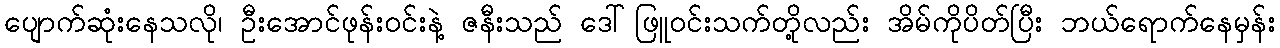
ပျောက်ဆုံးနေသလို၊ ဦးအောင်ဖုန်းဝင်းနဲ့ ဇနီးသည် ဒေါ်ဖြူဝင်းသက်တို့လည်း အိမ်ကိုပိတ်ပြီး ဘယ်ရောက်နေမှန်း